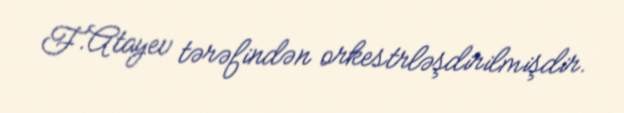
F.Atayev tərəfindən orkestrləşdirilmişdir.